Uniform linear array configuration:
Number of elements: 16
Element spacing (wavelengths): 0.75
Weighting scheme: exponential
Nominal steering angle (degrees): -15
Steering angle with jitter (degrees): -15.398
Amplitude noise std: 0.05
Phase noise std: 0.05

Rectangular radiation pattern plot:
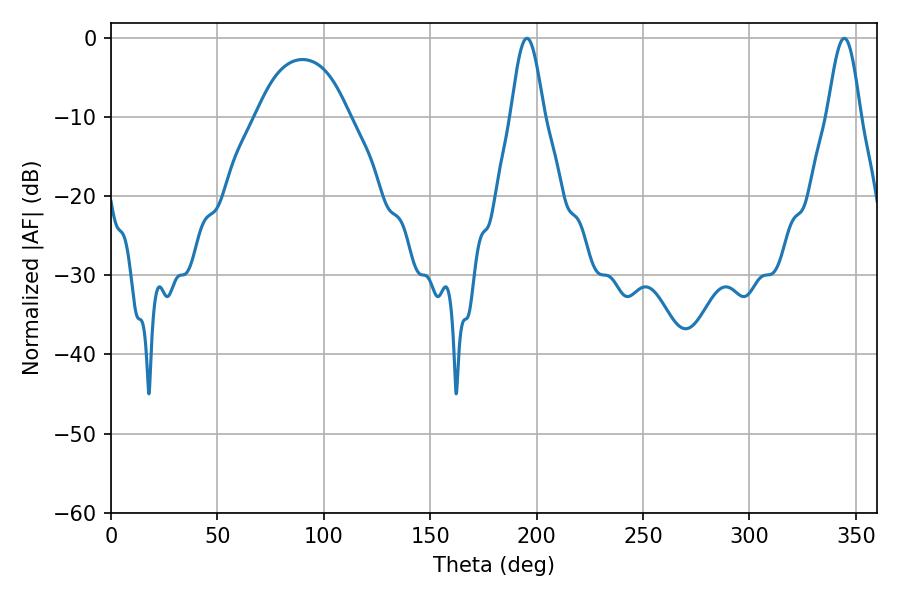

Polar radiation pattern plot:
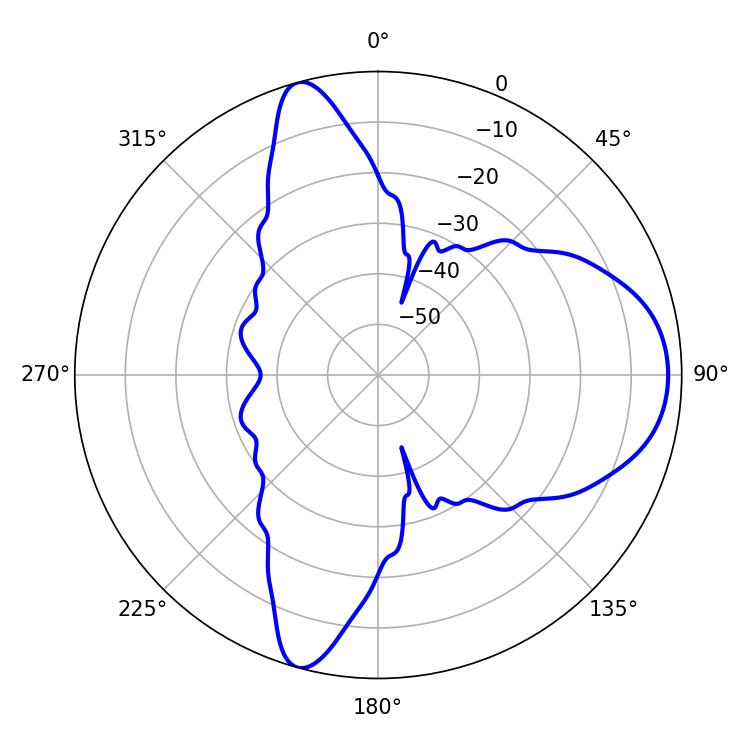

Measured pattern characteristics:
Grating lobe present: TRUE
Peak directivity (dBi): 9.898
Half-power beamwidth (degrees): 8.28
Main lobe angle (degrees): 195.48